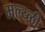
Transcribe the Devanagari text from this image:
मल्य्ळी